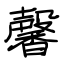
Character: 馨